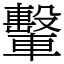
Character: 轚